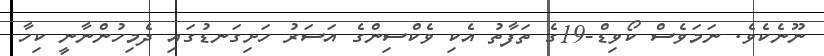
ނޫނެކެވެ. ނަމަވެސް ކޯވިޑް-19ގެ ތަފާތު އެކި ވެކްސިންގެ އަސަރު ހަށިގަނޑުގައި ދެމިހުންނާނީ ކިހާ